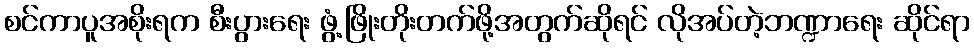
စင်ကာပူအစိုးရက စီးပွားရေး ဖွံ့ဖြိုးတိုးတက်ဖို့အတွက်ဆိုရင် လိုအပ်တဲ့ဘဏ္ဍာရေး ဆိုင်ရာ